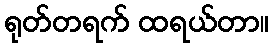
ရုတ်တရက် ထရယ်တာ။